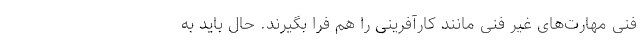
فنی مهارت‌های غیر فنی مانند کارآفرینی را هم فرا بگیرند. حال باید به